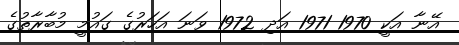
އޭނާ އަކީ 1970 1971 އަދި 1972 ވަނަ އަހަރުގެ ގައުމީ މުބާރާތުގެ